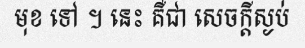
មុខ ទៅ ។ នេះ គឺជា សេចក្តីស្ងប់